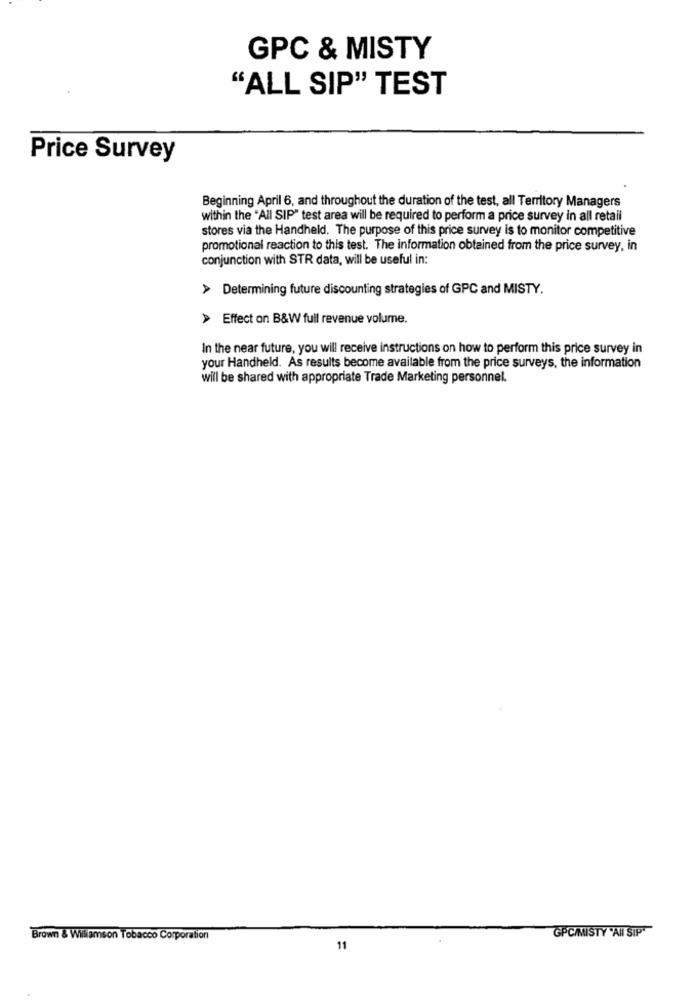
GPC & MISTY
"ALL SIP" TEST
Price Survey
Beginning April 6, and throughout the duration of the test, all Territory Managers
within the "All SIP" test area will be required to perform a price survey in all retail
stores via the Handheld. The purpose of this price survey is to monitor competitive
promotional reaction to this test. The information obtained from the price survey, in
conjunction with STR data, will be useful in:
> Determining future discounting strategies of GPC and MISTY.
> Effect on B&W full revenue volume.
In the near future, you will receive instructions on how to perform this price survey in
your Handheld. As results become available from the price surveys, the information
will be shared with appropriate Trade Marketing personnel.
GPC/MISTY 'AI SIP"
Brown & Wiliamson Tobacco Corporation
11